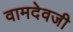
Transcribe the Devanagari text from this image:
वामदेवजी